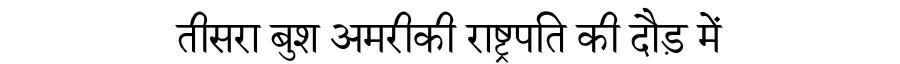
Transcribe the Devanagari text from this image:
तीसरा बुश अमरीकी राष्ट्रपति की दौड़ में